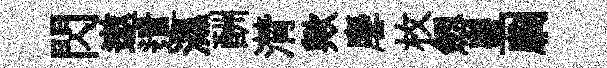
閃遨遣濕酬潸歟麐枚劔皇劘